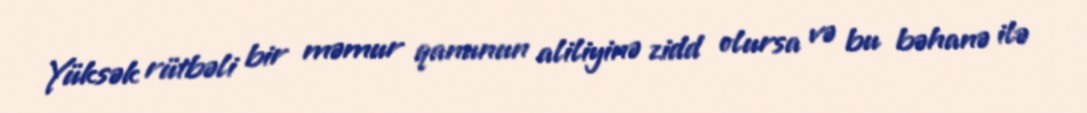
Yüksək rütbəli bir məmur qanunun aliliyinə zidd olursa və bu bəhanə ilə